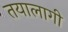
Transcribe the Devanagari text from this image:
तयालागी